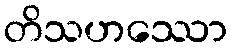
တိသဟဿော